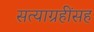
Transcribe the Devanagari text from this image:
सत्याग्रहींसह